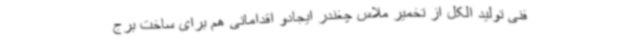
فنی تولید الکل از تخمیر ملاس چغندر ایجادو اقداماتی هم برای ساخت برج